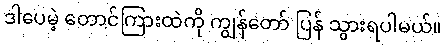
ဒါပေမဲ့ တောင်ကြားထဲကို ကျွန်တော် ပြန် သွားရပါမယ်။